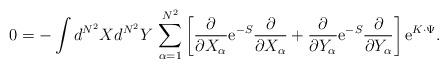
LaTeX: \begin{align*}0= - \int d^{N^2}Xd^{N^2}Y \,\sum_{\alpha=1}^{N^2} \left[\frac{\partial}{\partial X_{\alpha}} {\rm e}^{- S}\frac{\partial}{\partial X_{\alpha}}+ \frac{\partial}{\partial Y_{\alpha}} {\rm e}^{-S}\frac{\partial}{\partial Y_{\alpha}} \right] {\rm e}^{K\cdot \Psi}.\end{align*}